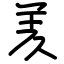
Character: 羑